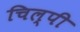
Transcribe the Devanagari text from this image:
चिल्पी